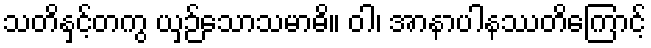
သတိနှင့်တကွ ယှဉ်သောသမာဓိ။ ဝါ၊ အာနာပါနဿတိကြောင့်